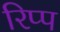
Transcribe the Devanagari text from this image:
रिप्प